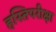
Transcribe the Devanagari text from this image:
हस्तिपरीक्षा